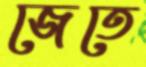
জেতে